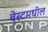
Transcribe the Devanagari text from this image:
बेस्टमधील